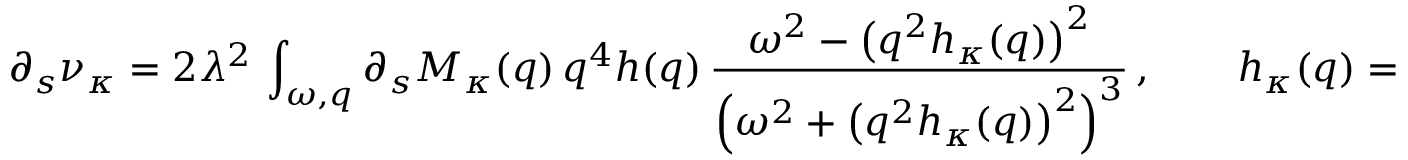
\partial _ { s } \nu _ { \kappa } = 2 \lambda ^ { 2 } \, \int _ { \omega , q } \partial _ { s } M _ { \kappa } ( q ) \, q ^ { 4 } h ( q ) \, \frac { \omega ^ { 2 } - \big ( q ^ { 2 } h _ { \kappa } ( q ) \big ) ^ { 2 } } { \Big ( \omega ^ { 2 } + \big ( q ^ { 2 } h _ { \kappa } ( q ) \big ) ^ { 2 } \Big ) ^ { 3 } } \, , \qquad h _ { \kappa } ( q ) = \nu _ { \kappa } + M _ { \kappa } ( q ) \, .